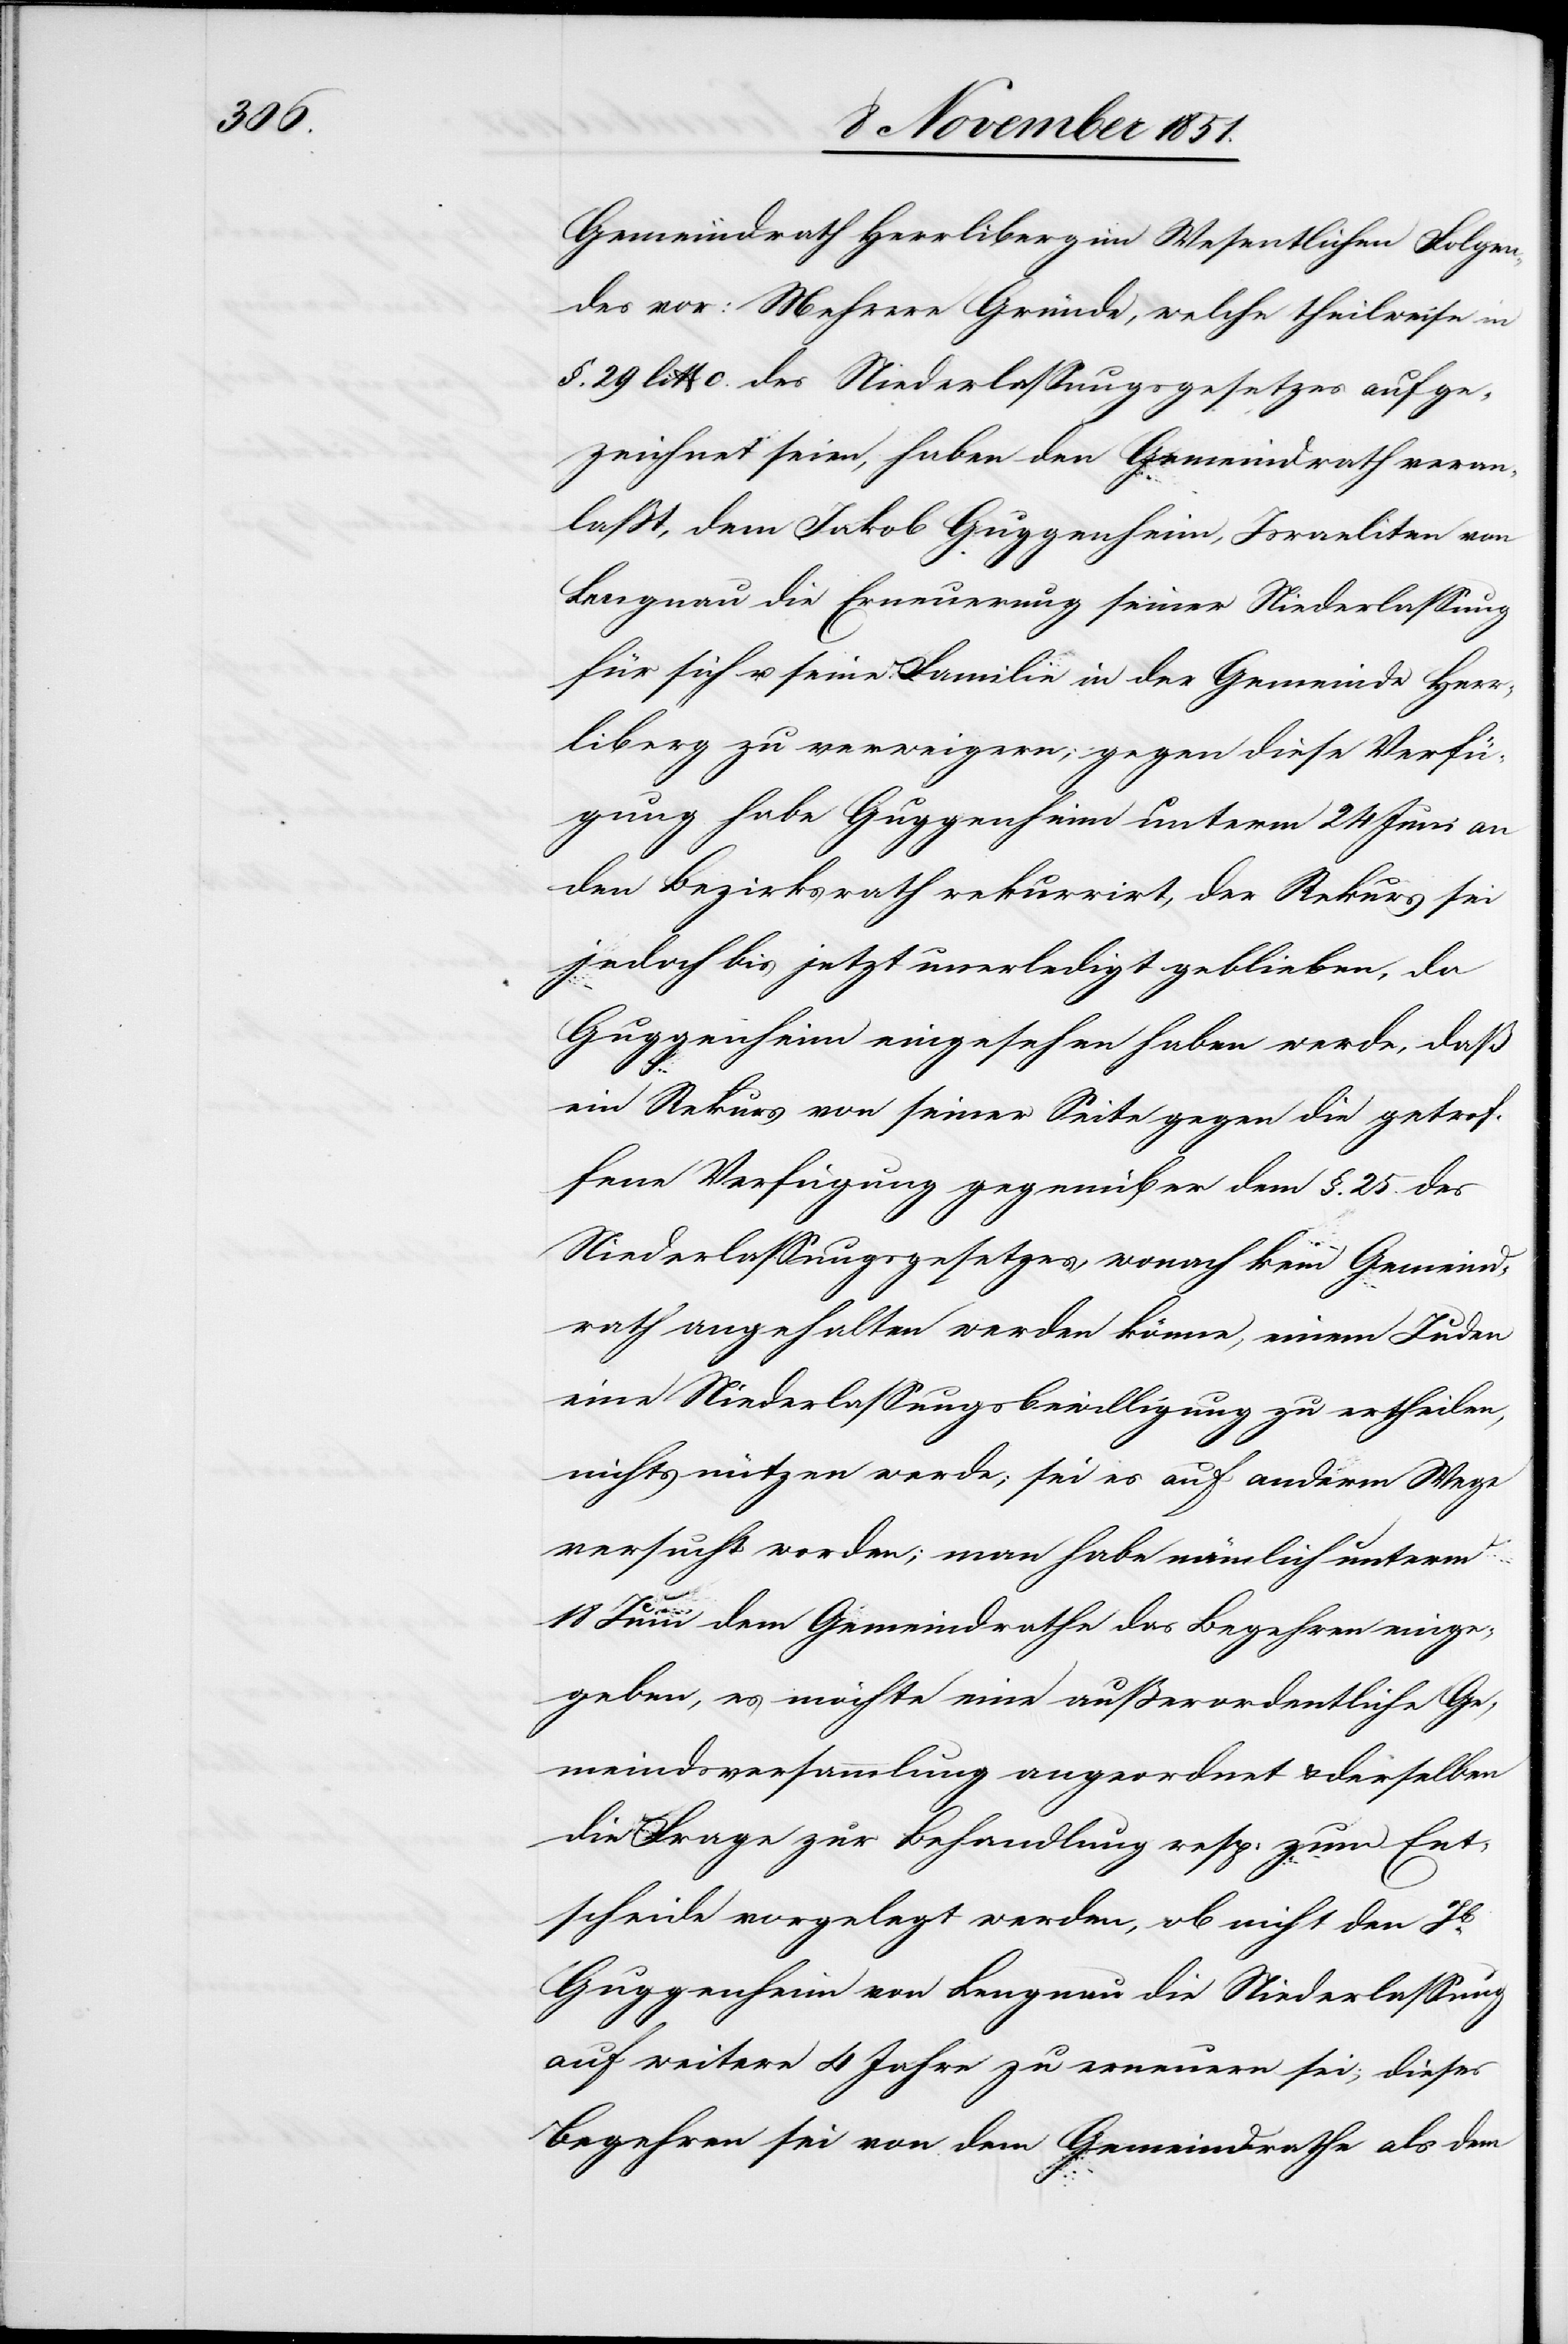
Gemeindrath Herrliberg im Wesentlichen Folgen¬
des vor: Mehrere Gründe, welche theilweise in
§. 29 litt c. des Niederlassungsgesetzes aufge¬
zeichnet seien, haben den Gemeindrath veran¬
laßt, dem Jakob Guggenheim, Israeliten von
Lengnau die Erneuerung seiner Niederlassung
für sich u. seine Familie in der Gemeinde Herr¬
liberg zu verweigern; gegen diese Verfü¬
gung habe Guggenheim unterm 24 Juni an
den Bezirksrath rekurrirt, der Rekurs sei
jedoch bis jetzt unerledigt geblieben, da
Guggenheim eingesehen haben werde, daß
ein Rekurs von seiner Seite gegen die getrof¬
fene Verfügung gegenüber dem §. 25. des
Niederlassungsgesetzes, wonach kein Gemeind¬
rath angehalten werden könne, einem Juden
eine Niederlassungsbewilligung zu ertheilen,
nichts nützen werde; sei es auf anderm Wege
versucht worden; man habe nämlich unterm
18 Juni dem Gemeindrathe das Begehren einge¬
geben, es möchte eine außerordentliche Ge¬
meindsversammlung angeordnet & derselben
die Frage zur Behandlung resp: zum Ent¬
scheide vorgelegt werden, ob nicht den
Guggenheim von Lengnau die Niederlassung
auf weitere 4 Jahre zu erneuern sei; dieses
Begehren sei von dem Gemeindrathe als dem